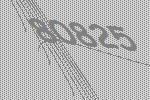
80825